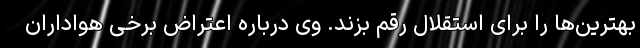
بهترین‌ها را برای استقلال رقم بزند. وی درباره اعتراض برخی هواداران